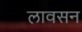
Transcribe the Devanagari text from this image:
लावसन